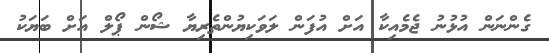
ގެންނަން އުޅުނު ޖެމެއިކާ އަށް އުފަން ލަވަކިޔުންތެރިޔާ ޝޯން ޕޯލް އަށް ބަޔަކު